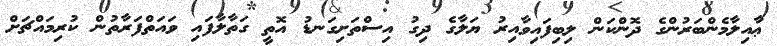
ޢާއިލާމެންބަރުންގެ ދޮންކަން ލިބިފައިވާއިރު ޔަލާގެ ދިގު އިސްތަށިގަނޑު އޮތީ ގަތާލާފައި ވައަތްފަރާތުން ކުރިމައްޗަށް